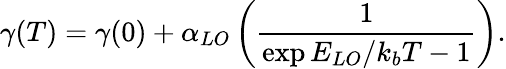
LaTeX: \gamma(T)=\gamma(0)+\alpha_{LO}\left(\frac{1}{\exp{E_{LO}/k_{b}T}-1}\right).